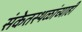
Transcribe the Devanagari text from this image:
संकेतस्थळांच्याही